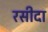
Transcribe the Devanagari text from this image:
रसीदा